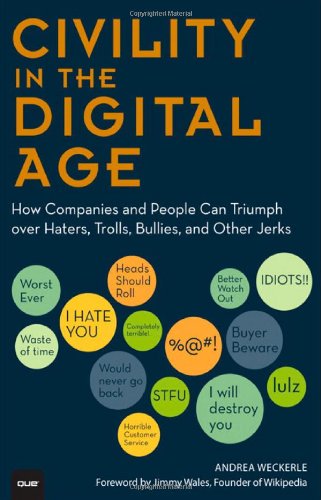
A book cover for Civility in the Digital Age: How Companies and People Can Triumph over Haters, Trolls, Bullies and Other Jerks (Que Biz-Tech); Andrea Weckerle; Business & Money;